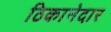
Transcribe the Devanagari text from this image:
ठिकानेदार